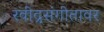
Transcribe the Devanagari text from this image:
रवींद्रसंगीतावर